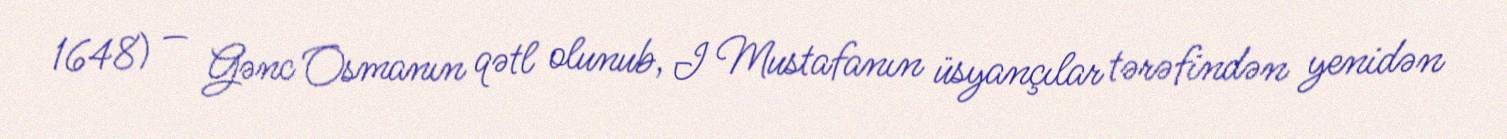
1648) — Gənc Osmanın qətl olunub, I Mustafanın üsyançılar tərəfindən yenidən